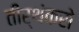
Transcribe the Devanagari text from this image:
तीर्थंकरो